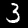
Digit: 3